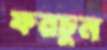
ফরচুন